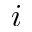
i